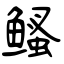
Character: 鳋